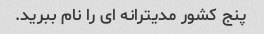
پنج کشور مدیترانه ای را نام ببرید.